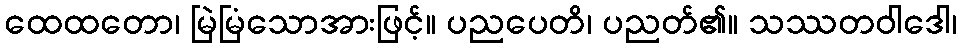
ထေထတော၊ မြဲမြံသောအားဖြင့်။ ပညပေတိ၊ ပညတ်၏။ သဿတဝါဒေါ၊